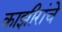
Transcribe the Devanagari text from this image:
काझीरांचे